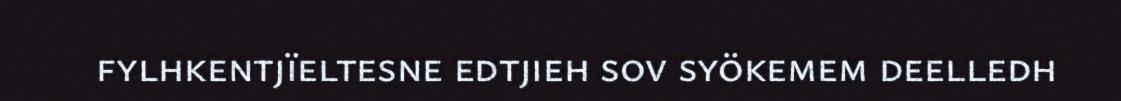
fylhkentjïeltesne edtjieh sov syökemem deelledh